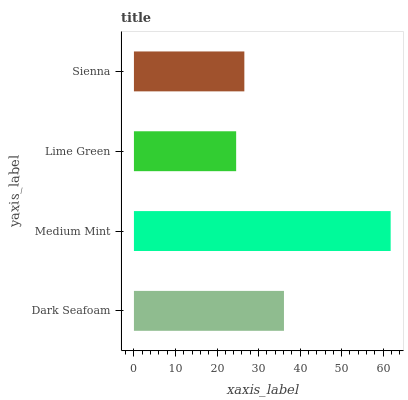
| yaxis_label | bars |
 | --- | --- |
 | Dark Seafoam | 36.1 |
 | Medium Mint | 61.8 |
 | Lime Green | 24.6 |
 | Sienna | 26.6 |